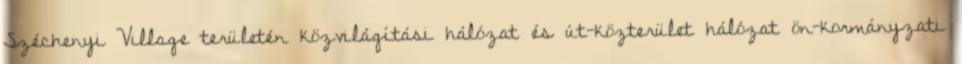
Széchenyi Village területén közvilágítási hálózat és út-közterület hálózat ön-kormányzati